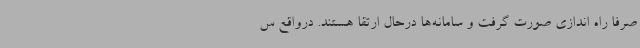
صرفا راه اندازی صورت گرفت و سامانه‌ها درحال ارتقا هستند. درواقع س